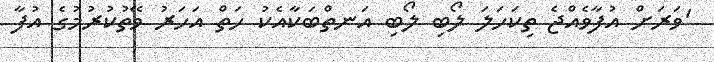
'ވަރަށް އުފާވެއްޖެ ތިކަހަލަ ލޯބި ލޯބި އަނތްބަކާއެކު ހަތް އަހަރު ވޭތުކުރުމުގެ އުފާ